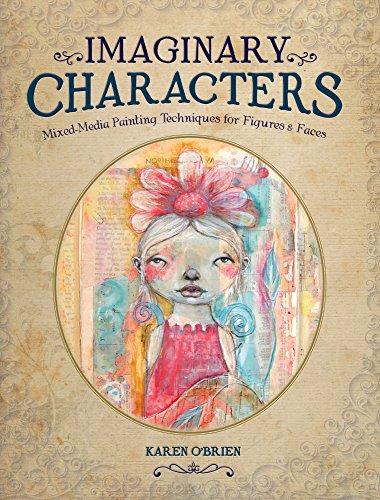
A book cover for Imaginary Characters: Mixed-Media Painting Techniques for Figures and Faces; Karen O'Brien; Crafts, Hobbies & Home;